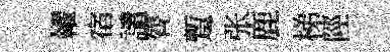
糴宿譴膂蹔张鹿梯陘